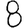
Digit: 8